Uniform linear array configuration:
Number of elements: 64
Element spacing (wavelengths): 0.75
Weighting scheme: uniform
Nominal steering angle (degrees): -15
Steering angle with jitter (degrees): -14.787
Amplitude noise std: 0.05
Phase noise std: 0.05

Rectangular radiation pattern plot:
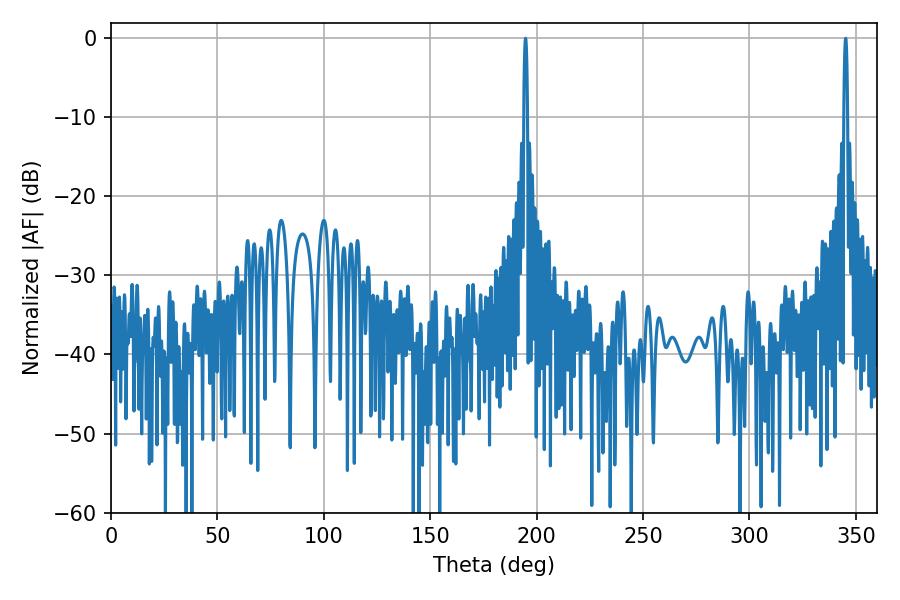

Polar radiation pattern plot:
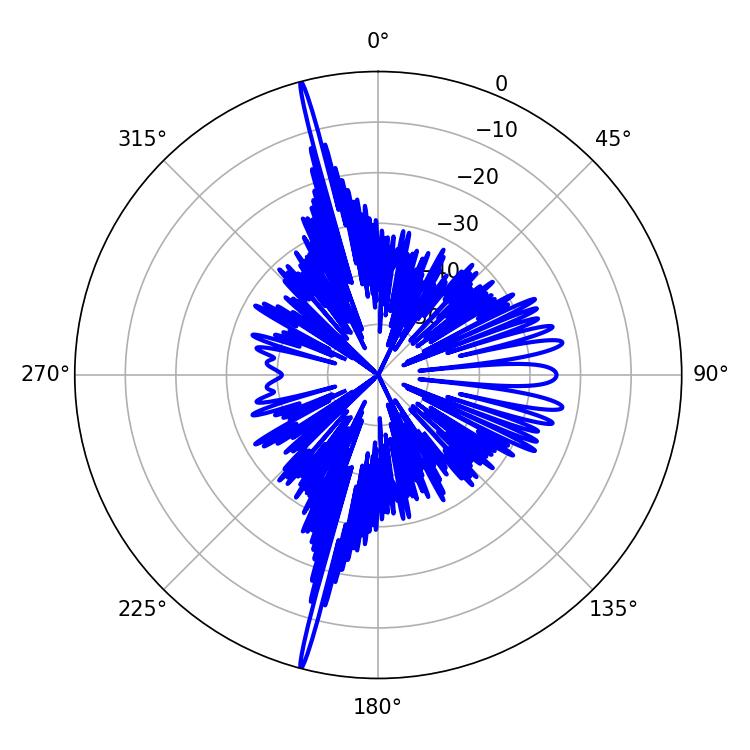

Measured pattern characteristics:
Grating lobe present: TRUE
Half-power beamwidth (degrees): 0.9
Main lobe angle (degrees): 194.76